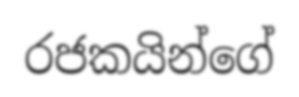
රජකයින්ගේ